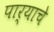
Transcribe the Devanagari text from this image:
पार्‍याचे